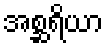
အစ္ဆရိယာ